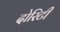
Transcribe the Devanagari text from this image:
दोरिटी